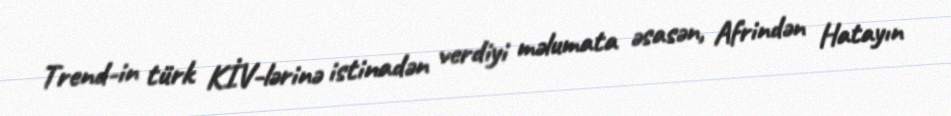
Trend-in türk KİV-lərinə istinadən verdiyi məlumata əsasən, Afrindən Hatayın